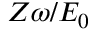
Z \omega / E _ { 0 }